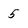
Character: 5